Indian journal of veterinary science and animal husbandry - Volume 5,
Year: 1935
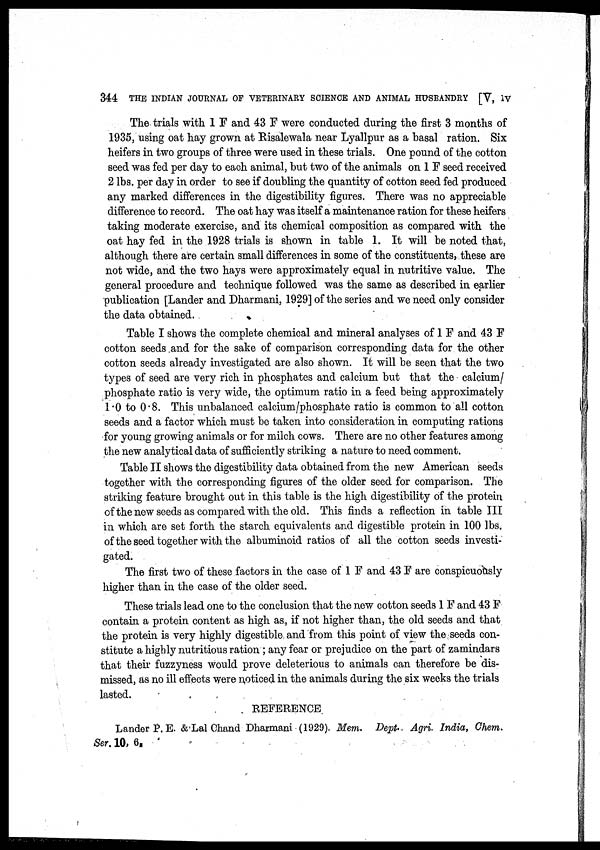
344 THE INDIAN JOURNAL OF VETERINARY SCIENCE AND ANIMAL HUSBANDRY [V, IV
The trials with 1 F and 43 F were conducted during the first 3 months of
1935, using oat hay grown at Risalewala near Lyallpur as a basal ration. Six
heifers in two groups of three were used in these trials. One pound of the cotton
seed was fed per day to each animal, but two of the animals on 1 F seed received
2 lbs. per day in order to see if doubling the quantity of cotton seed fed produced
any marked differences in the digestibility figures. There was no appreciable
difference to record. The oat hay was itself a maintenance ration for these heifers
taking moderate exercise, and its chemical composition as compared with the
oat hay fed in the 1928 trials is shown in table 1. It will be noted that,
although there are certain small differences in some of the constituents, these are
not wide, and the two hays were approximately equal in nutritive value. The
general procedure and technique followed was the same as described in earlier
publication [Lander and Dharmani, 1929] of the series and we need only consider
the data obtained.
Table I shows the complete chemical and mineral analyses of 1 F and 43 F
cotton seeds and for the sake of comparison corresponding data for the other
cotton seeds already investigated are also shown. It will be seen that the two
types of seed are very rich in phosphates and calcium but that the calcium/
phosphate ratio is very wide, the optimum ratio in a feed being approximately
1.0 to 0.8. This unbalanced calcium/phosphate ratio is common to all cotton
seeds and a factor which must be taken into consideration in computing rations
for young growing animals or for milch cows. There are no other features among
the new analytical data of sufficiently striking a nature to need comment.
Table II shows the digestibility data obtained from the new American seeds
together with the corresponding figures of the older seed for comparison. The
striking feature brought out in this table is the high digestibility of the protein
of the new seeds as compared with the old. This finds a reflection in table III
in which are set forth the starch equivalents and digestible protein in 100 lbs.
of the seed together with the albuminoid ratios of all the cotton seeds investi-
gated.
The first two of these factors in the case of 1 F and 43 F are conspicuously
higher than in the case of the older seed.
These trials lead one to the conclusion that the new cotton seeds 1 F and 43 F
contain a protein content as high as, if not higher than, the old seeds and that
the protein is very highly digestible and from this point of view the seeds con-
stitute a highly nutritious ration ; any fear or prejudice on the part of zamindars
that their fuzzyness would prove deleterious to animals can therefore be dis-
missed, as no ill effects were noticed in the animals during the six weeks the trials
lasted.
REFERENCE
Lander P. E. & Lal Chand Dharmani (1929). Mem. Dept. Agri. India, Chem.
Ser. 10, 6.